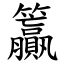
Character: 籯